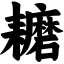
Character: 耱